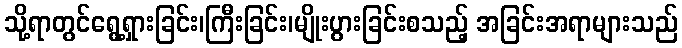
သို့ရာတွင်ရွေ့ရှားခြင်း၊ကြီးခြင်း၊မျိုးပွားခြင်းစသည့် အခြင်းအရာများသည်